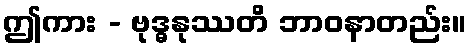
ဤကား - ဗုဒ္ဓနုဿတိ ဘာဝနာတည်း။